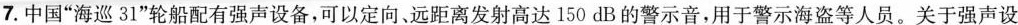
7.中国”海巡31”轮船配有强声设备，可以定向、远距离发射高达 150 dB的警示音，用于警示海盗等人员。关于强声设